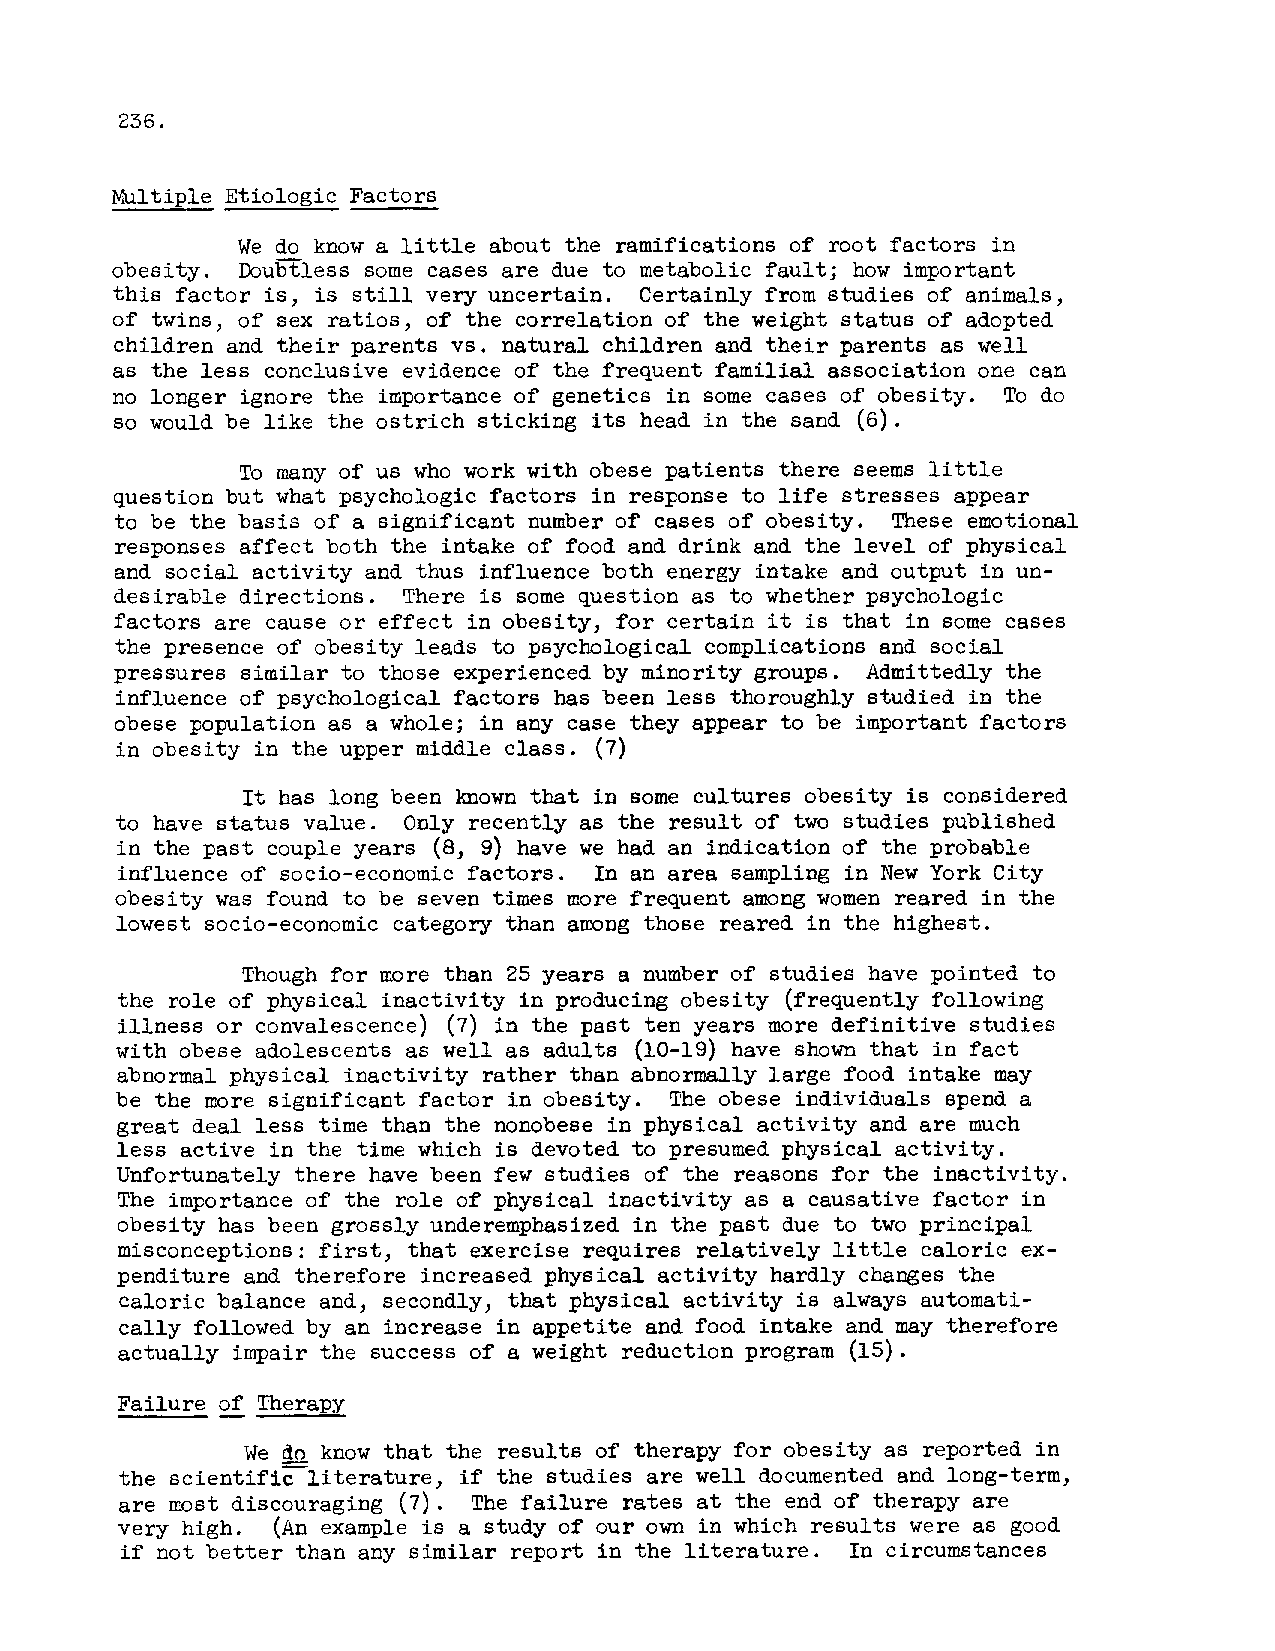
236.
 Nultiple Etiologic Factors
 We do know a little about the ramifications of root factors in
 obesity. Doubtless some cases are due to metabolic fault; how important
 this factor is, is still very uncertain. Certainly from studies of animals,
 of twins, of sex ratios, of the correlation of the weight status of adopted
 children and their parents vs. natural children and their parents as well
 as the less conclusive evidence of the frequent familial association one can
 no longer ignore the importance of genetics in some cases of obesity. To do
 so would be like the ostrich sticking its head in the sand (6).
 To many of us who work with obese patients there seems little
 question but what psychologic factors in resFonse to life stresses appear
 to be the basis of a significant number of cases of obesity. These emotional
 responses affect both the intake of food and drink and the level of physical
 and social activity and thus influence both energy intake and output in un-
 desirable directions. There is some question as to whether psychologic
 factors are cause or effect in obesity, for certain it is that in some cases
 the presence of obesity leads to psychological complications and social
 pressures similar to those experienced by minority groups. Admittedly the
 influence of psychological factors has been less thoroughly studied in the
 obese population as a whole; in any case they appear to be important factors
 in obesity in the upper middle class. (7)
 It has long been   that in some cultures obesity is considered
 known
 to have status value. Only recently as the result of two studies published
 in the past couple years (8, 9) have we had an indication of the probable
 influence of socio-economic factors. In an area sampling in New York City
 obesity was found to be seven times nore frequent among women reared in the
 lowest socio-economic category than among those reared in the highest.
 Though for Eore than 25 years a number of studies have pointed to
 the role of physical inactivity in producing obesity (frequently following
 illness or convalescence) (7) in the past ten years more definitive studies
 with obese adolescents as well as adults (10-19) have shown that in fact
 abnormal physical inactivity rather than abnormally large food intake may
 be the nore significant factor in obesity. The obese individuals spend a
 great deal less time than the nonobese in physical activity and are much
 less active in the time which is devoted to presumed physical activity.
 Unfortunately there have been few studies of the reasons for the inactivity.
 The importance of the role of physical inactivity as a causative factor in
 obesity has been grossly underemphasized in the past due to two principal
 misconceptions: first, that exercise requires relatively little caloric ex-
 penditure and therefore increased physical activity hardly changes the
 caloric balance and, secondly, that physical activity is always automati-
 cally followed by an increase in appetite and food intake and may therefore
 actually impair the success of a weight reduction program (15).
 -
 Failure of Therapy
 We   know that the results of therapy for obesity as reported in
 do
 the scientificliterature, if the studies are well documented and long-term,
 are rrost discouraging (7). The failure rates at the end of therapy are
 very high. (An example is a study of our own in which results were as good
 if not better than any similar report in the literature. In circumstances